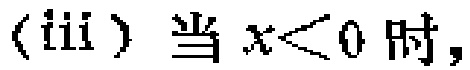
(iii) 当 \(x<0\) 时，